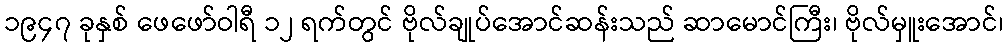
၁၉၄၇ ခုနှစ် ဖေဖော်ဝါရီ ၁၂ ရက်တွင် ဗိုလ်ချုပ်အောင်ဆန်းသည် ဆာမောင်ကြီး၊ ဗိုလ်မှူးအောင်၊